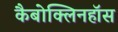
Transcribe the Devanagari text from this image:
कैबोक्लिनहॉस